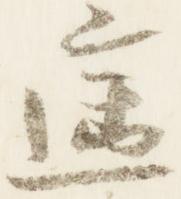
遙